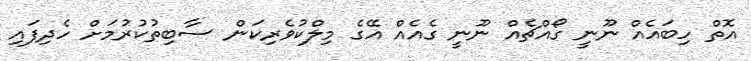
އޮތް ހިބައެއް ނޫނީ ގޯއްޗެއް ނޫނީ ގެއެއް އޭގެ މިލްކުވެރިކަން ސާބިތުކުރުމަށް ހެދިފައި